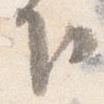
下